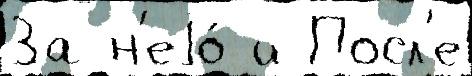
За н'еjо́ и Посл'е